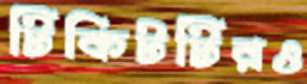
টিকিটটিরও